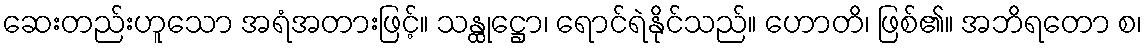
ဆေးတည်းဟူသော အရံအတားဖြင့်။ သန္ထုဋ္ဌော၊ ရောင်ရဲနိုင်သည်။ ဟောတိ၊ ဖြစ်၏။ အဘိရတော စ၊